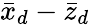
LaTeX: \bar{x}_{d}-\bar{z}_{d}